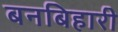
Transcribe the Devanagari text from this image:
बनबिहारी